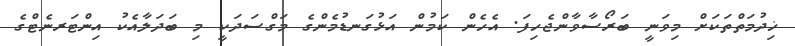
ޚިދުމަތްތަކަށް މިވަނީ ބަރޯސާވާންޖެހިފަ. އެހެން ކަމުން އަޅުގަނޑުމެންގެ މަގްސަދަކީ މި ބަދަލާއެކު އިންޓަރނެޓްގެ